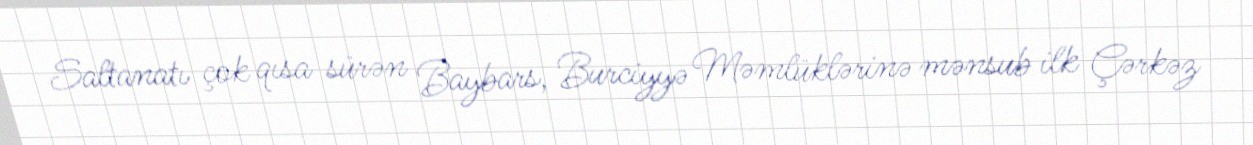
Saltanatı çok qısa sürən Baybars, Burciyyə Məmlüklərinə mənsub ilk Çərkəz